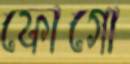
ফোগো